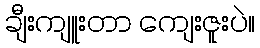
ချီးကျူးတာ ကျေးဇူးပဲ။